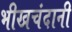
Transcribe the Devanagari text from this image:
भीखचंदानी